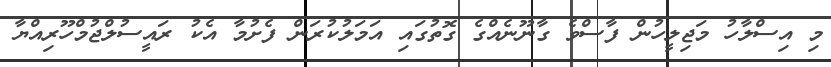
މި އިސްލާހު މަޖިލީހުން ފާސްވެ ގާނޫނެއްގެ ގޮތުގައި އަމަލުކުރަން ފެށުމާ އެކު ރައީސުލްޖުމްހޫރިއްޔާ